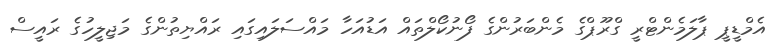
އެމްޑީޕީ ޕާލަމެންޓްރީ ގްރޫޕްގެ މެންބަރުންގެ ފޯނުކޯލްތައް އަޑުއަހާ މައްސަލައިގައި ރައްޔިތުންގެ މަޖިލީހުގެ ރައީސް